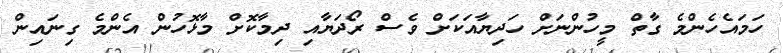
ހަމައެހެންމެ ގާތް މީހުންނަށް ހަދިޔާއަކަށް ވެސް ރޯދަޔާއި ދިމާކޮށް މާޅޮހުން އެންމެ ގިނައިން